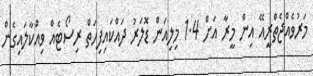
މަރުވެއްޖެތްރީއޭ އިން މީރާ އަށް 1.4 މިލިއަން ޑޮލަރު ދައްކައިފިހަތް ރިސޯޓެއް ވިއްކާލައިގެން